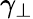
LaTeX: \gamma_{\perp}